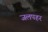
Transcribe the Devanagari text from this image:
जलपहर